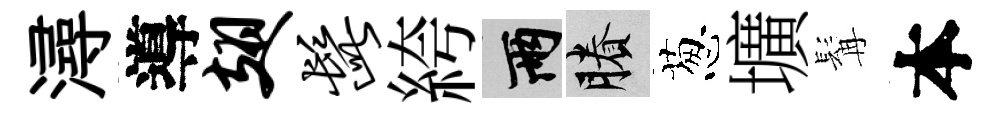
潯導翅髭絝兩賸葱壙髯本